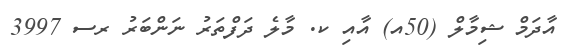
އާދަމް ޝިމާލް (50އ) އާއި ކ. މާލެ ދަފްތަރު ނަންބަރު ރސ 3997